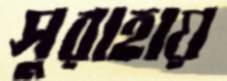
সুরাহায়